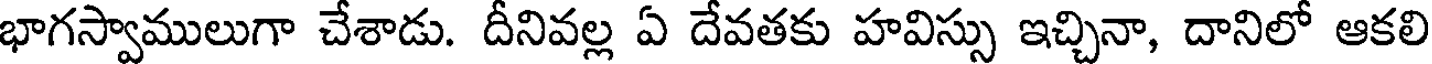
భాగస్వాములుగా చేశాడు. దీనివల్ల ఏ దేవతకు హవిస్సు ఇచ్చినా, దానిలో ఆకలి